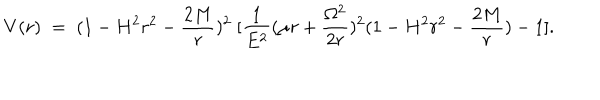
LaTeX: V ( r ) \; = \; ( 1 - H ^ { 2 } r ^ { 2 } - \frac { 2 M } { r } ) ^ { 2 } \; [ \frac { 1 } { E ^ { 2 } } ( \mu r + \frac { \Omega ^ { 2 } } { 2 r } ) ^ { 2 } ( 1 - H ^ { 2 } r ^ { 2 } - \frac { 2 M } { r } ) - 1 ] .